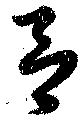
呂